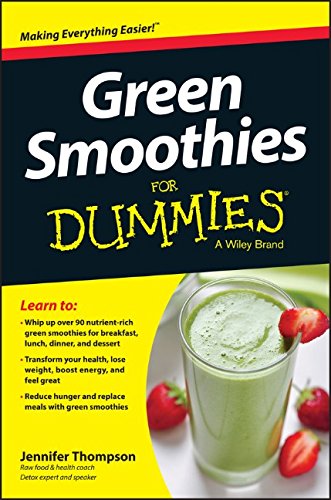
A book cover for Green Smoothies For Dummies; Jennifer Thompson; Cookbooks, Food & Wine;